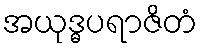
အယုဒ္ဓပရာဇိတံ